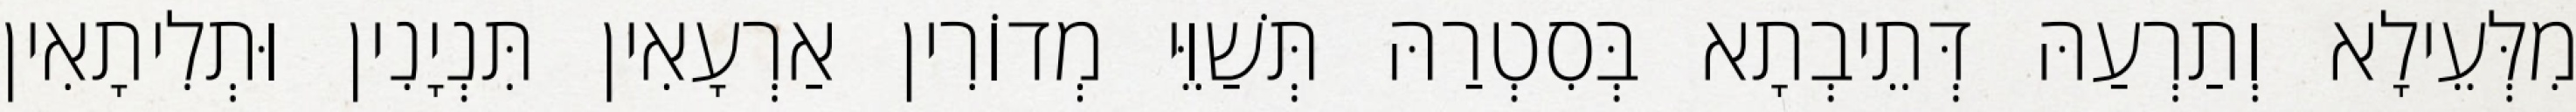
מִלְּעֵילָא וְתַרְעַהּ דְּתֵיבְתָא בְּסִטְרַהּ תְּשַׁוֵּי מְדוֹרִין אַרְעָאִין תִּנְיָנִין וּתְלִיתָאִין